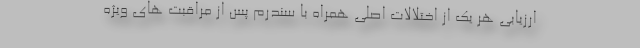
ارزیابی هر یک از اختلالات اصلی همراه با سندرم پس از مراقبت های ویژه